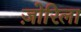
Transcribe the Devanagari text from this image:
ज़ोरिला